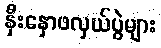
နှီးနှောဖလှယ်ပွဲများ